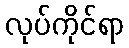
လုပ်ကိုင်ရာ